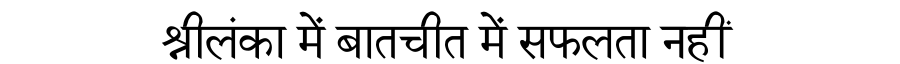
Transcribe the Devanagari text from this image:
श्रीलंका में बातचीत में सफलता नहीं